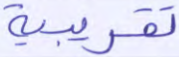
تقريبية